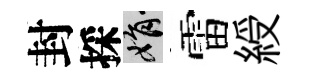
封採娟雷綬